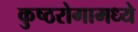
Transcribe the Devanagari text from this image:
कुष्ठरोगामध्ये